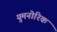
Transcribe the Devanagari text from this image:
युमनोरिक